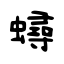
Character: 蟳